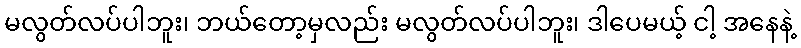
မလွတ်လပ်ပါဘူး၊ ဘယ်တော့မှလည်း မလွတ်လပ်ပါဘူး၊ ဒါပေမယ့် ငါ့ အနေနဲ့